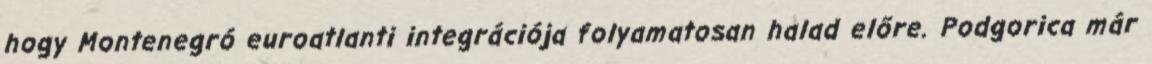
hogy Montenegró euroatlanti integrációja folyamatosan halad előre. Podgorica már